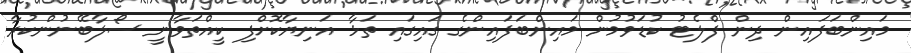
މައިންބަފައިން ދިން ފްލެޓު ކުޑަވުމުން މައިންބަފައިންގެ ގައިގައި ތަޅާ އަނިޔާކޮށްފި ކީއްތަވާނީ ސޯލާބޭނުންކުރާ